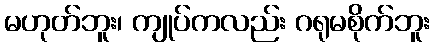
မဟုတ်ဘူး၊ ကျုပ်ကလည်း ဂရုမစိုက်ဘူး